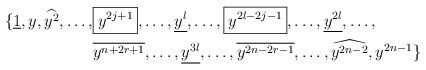
LaTeX: \begin{align*} \{\underline{1}, y, \widehat{y^2},\dots, &\boxed{y^{2j+1}},\dots, \underline{y^l},\dots, \boxed{y^{2l-2j-1}},\dots, \underline{y^{2l}},\dots, \\ &\overline{y^{n+2r+1}},\dots ,\underline{y^{3l}},\dots, \overline{y^{2n-2r-1}},\dots, \widehat{y^{2n-2}},y^{2n-1}\} \\ \end{align*}